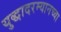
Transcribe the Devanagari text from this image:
युद्धादरम्यानच्या